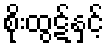
စိုးထွဋ်နှင့်